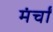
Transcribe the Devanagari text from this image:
मंर्चों